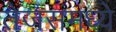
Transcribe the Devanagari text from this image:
तेजसमध्ये